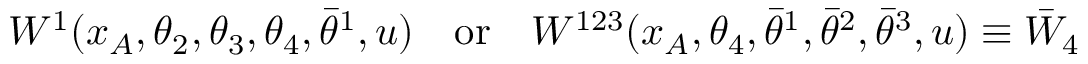
W ^ { 1 } ( x _ { A } , \theta _ { 2 } , \theta _ { 3 } , \theta _ { 4 } , \bar { \theta } ^ { 1 } , u ) \quad \mathrm { o r } \quad W ^ { 1 2 3 } ( x _ { A } , \theta _ { 4 } , \bar { \theta } ^ { 1 } , \bar { \theta } ^ { 2 } , \bar { \theta } ^ { 3 } , u ) \equiv \bar { W } _ { 4 }